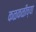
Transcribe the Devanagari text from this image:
कळकळीच्या